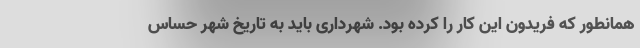
همانطور که فریدون این کار را کرده بود. شهرداری باید به تاریخ شهر حساس